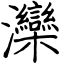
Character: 灤